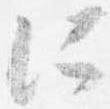
所